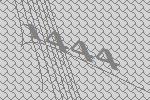
1444